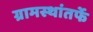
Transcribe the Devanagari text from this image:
ग्रामस्थांतर्फे